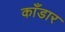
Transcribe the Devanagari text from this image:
काँडार